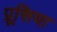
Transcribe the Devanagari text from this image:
प्रूसिया